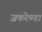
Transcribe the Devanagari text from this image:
जकरेण्डा